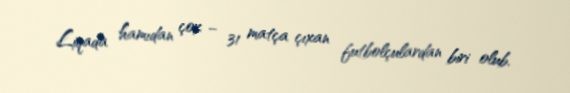
Liqada hamıdan çox – 31 matça çıxan futbolçulardan biri olub.